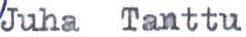
Juha Tanttu